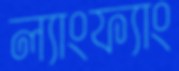
ল্যাংফ্যাং